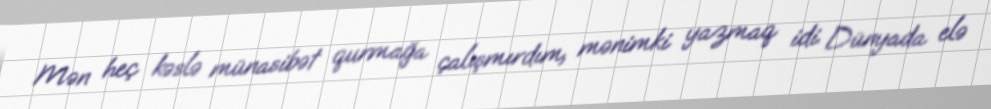
Mən heç kəslə münasibət qurmağa çalışmırdım, mənimki yazmaq idi. Dünyada elə